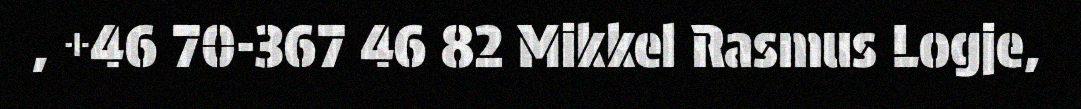
, +46 70-367 46 82 Mikkel Rasmus Logje,